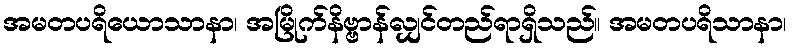
အမတပရိယောသာနာ၊ အမြိုက်နိဗ္ဗာန်လျှင်တည်ရာရှိသည်။ အမတပရိသာနာ၊